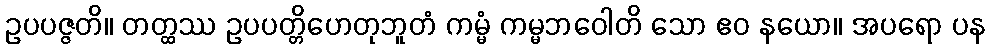
ဥပပဇ္ဇတိ။ တတ္ထဿ ဥပပတ္တိဟေတုဘူတံ ကမ္မံ ကမ္မဘဝေါတိ သော ဧဝ နယော။ အပရော ပန